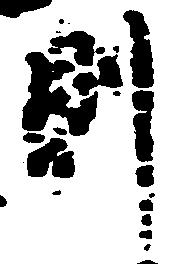
則